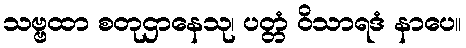
သဗ္ဗထာ စတုဌာနေသု၊ ပတ္တံ ဝိသာရဒံ နာပေ။